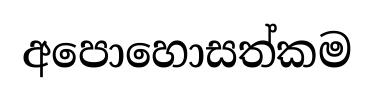
අපොහොසත්කම